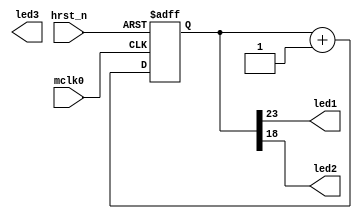
module led_flash(
mclk0,
hrst_n,

led1,
led2,
led3
);

input mclk0;
input hrst_n;
output led1;
output led2;
output led3;

reg [23:0] cnt;
always @(posedge mclk0 or negedge hrst_n)
if(~hrst_n)
	cnt<= 16'd0;
else
	cnt <= cnt + 16'd1;
	
assign led1 = cnt[23];
assign led2 = cnt[18];

endmodule